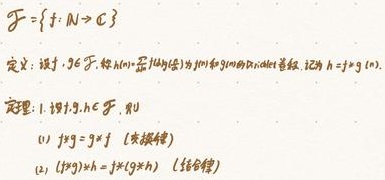
\[
\mathcal{F}=\{f: \mathbb{N} \to \mathbb{C}\}
\]
定义：设 \( f, g \in \mathcal{F} \)，称 \( h(n)=\sum_{k = 0}^{n}f(k)g(n - k) \) 为 \( f \) 和 \( g \) 的 \( Dirichlet \) 卷积，记为 \( h = f * g(n) \)。
定理：设 \( f, g, h \in \mathcal{F} \)，则
(1) \( f * g = g * f \)（交换律）
(2) \( (f * g) * h = f * (g * h) \)（结合律）